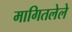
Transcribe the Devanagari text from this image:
मागितलेले